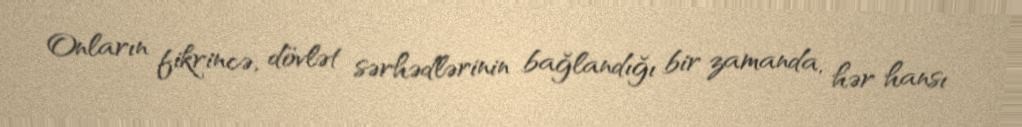
Onların fikrincə, dövlət sərhədlərinin bağlandığı bir zamanda, hər hansı